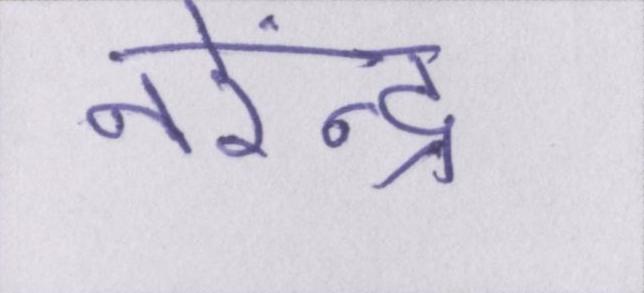
नरेंन्द्र